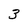
Character: 3